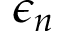
\epsilon _ { n }